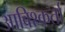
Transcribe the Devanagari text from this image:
आविश्कर्ता